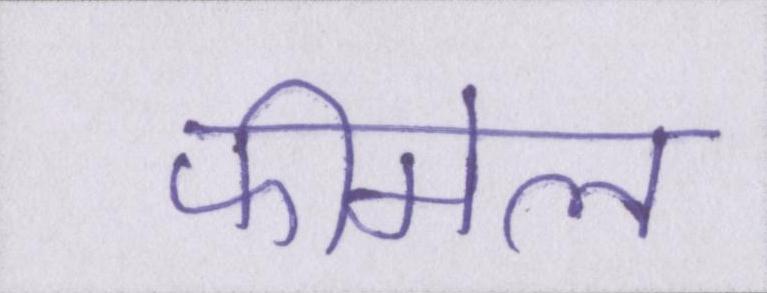
फीमेल